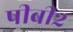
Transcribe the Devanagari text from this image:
पीबी२